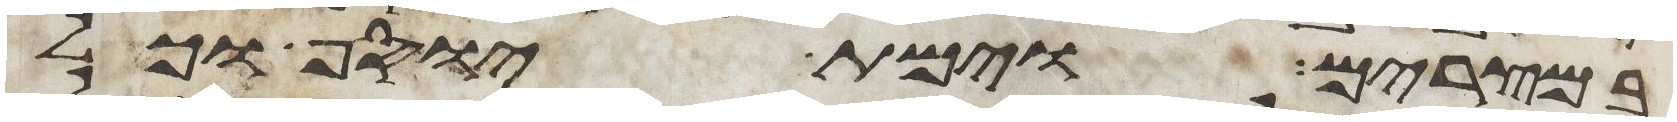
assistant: במצרים וימת יוסף וכל